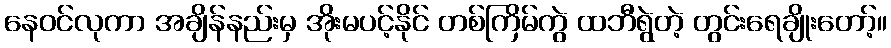
နေဝင်လုကာ အချိန်နည်းမှ အိုးမပင့်နိုင် တစ်ကြိမ်ကွဲ ထဘီရွဲတဲ့ တွင်းရေချိုးတော့်။